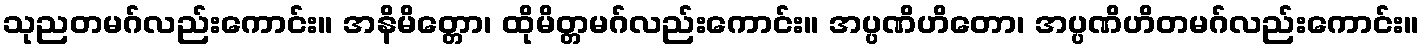
သုညတမဂ်လည်းကောင်း။ အနိမိတ္တော၊ ထိုမိတ္တမဂ်လည်းကောင်း။ အပ္ပဏိဟိတော၊ အပ္ပဏိဟိတမဂ်လည်းကောင်း။